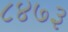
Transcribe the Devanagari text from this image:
८४७३